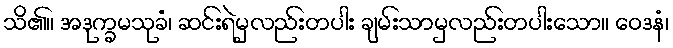
သိ၏။ အဒုက္ခမသုခံ၊ ဆင်းရဲမှလည်းတပါး ချမ်းသာမှလည်းတပါးသော။ ဝေဒနံ၊